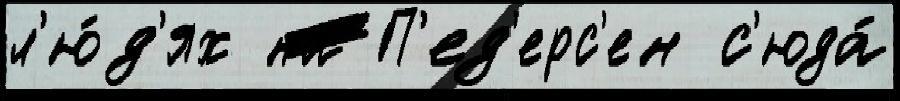
л'ю́д'ях на П'ед'ерс'ен с'юда́